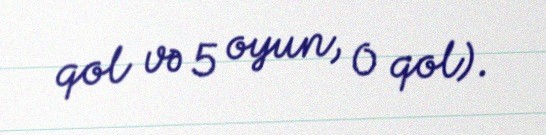
qol və 5 oyun, 0 qol).